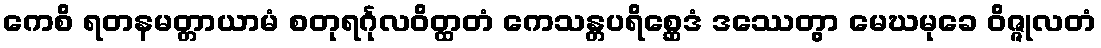
ကေစိ ရတနမတ္တာယာမံ စတုရင်္ဂုလဝိတ္ထတံ ကေသန္တပရိစ္ဆေဒံ ဒဿေတွာ မေဃမုခေ ဝိဇ္ဇုလတံ